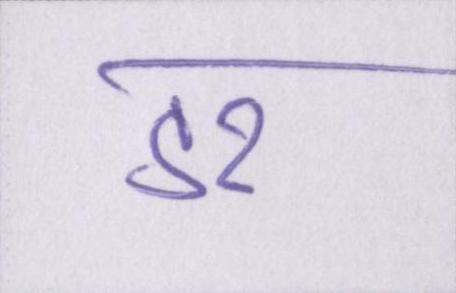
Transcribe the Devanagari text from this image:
डर